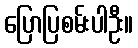
ပြောပြစမ်းပါဦး။